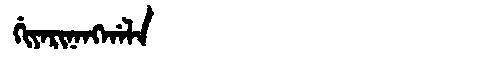
Manchu: ᡤᡳᠶᠠᡵᡳᠨᠠᠩᡤᠠᠯᠠ
Romanization: GIYARINANGGALA